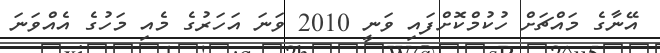
އޭނާގެ މައްޗަށް ހުކުމްކޮށްފައި ވަނީ 2010 ވަނަ އަހަރުގެ މެއި މަހުގެ އެއްވަނަ